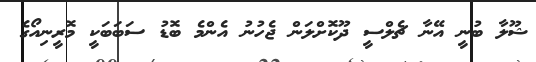
ޝޫލާ ބުނީ އޭނާ ޗެލްސީ ދޫކޮށްލަން ޖެހުނު އެންމެ ބޮޑު ސަބަބަކީ މޮރީނިއޯގެ